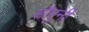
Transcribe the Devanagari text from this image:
सौगुनी